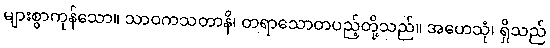
များစွာကုန်သော။ သာဝကသတာနိ၊ တရာသောတပည့်တို့သည်။ အဟေသုံ၊ ရှိသည်